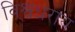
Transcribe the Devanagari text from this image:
विश्वधराय